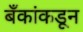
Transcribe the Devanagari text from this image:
बँकांकडून